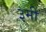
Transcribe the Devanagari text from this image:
३मी